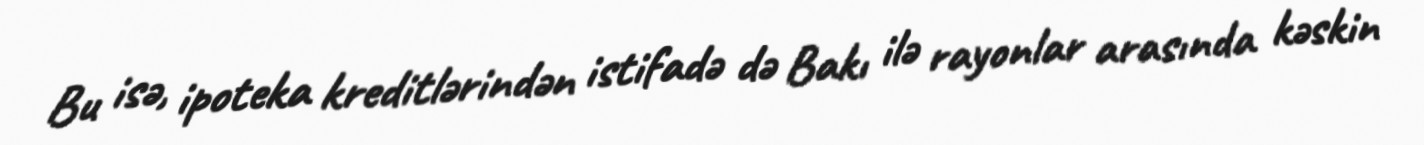
Bu isə, ipoteka kreditlərindən istifadə də Bakı ilə rayonlar arasında kəskin